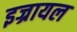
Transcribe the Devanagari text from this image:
इज्रायल